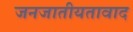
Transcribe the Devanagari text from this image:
जनजातीयतावाद